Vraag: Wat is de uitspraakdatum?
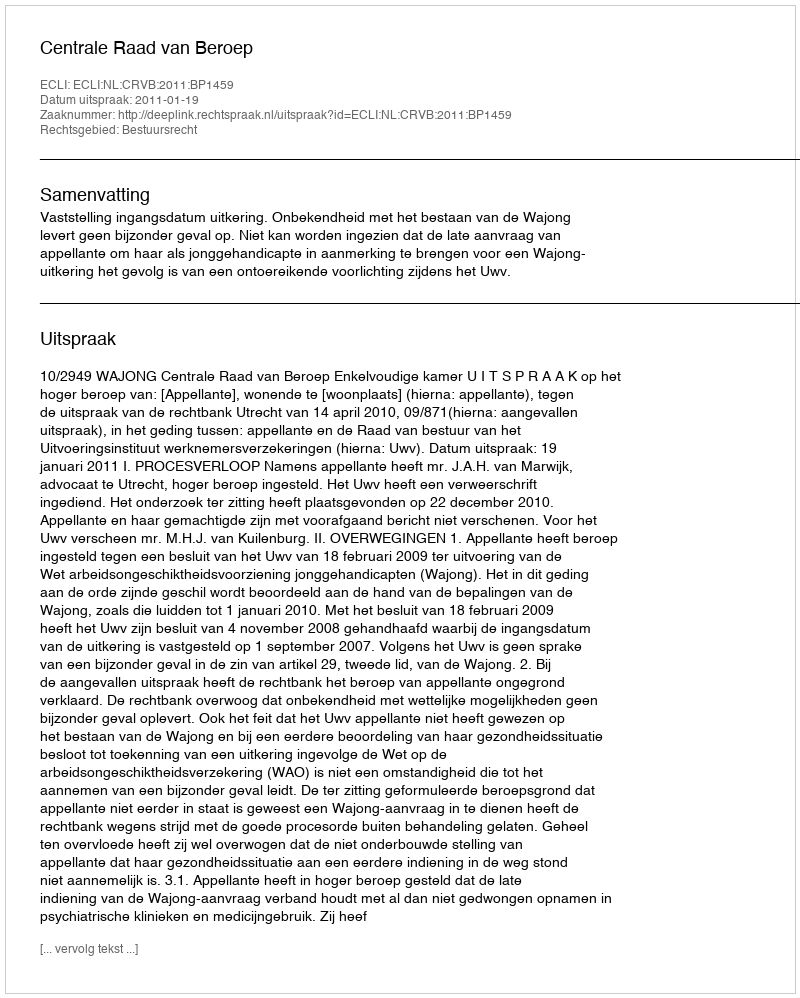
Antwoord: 2011-01-19